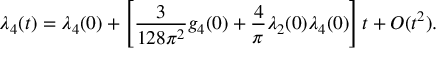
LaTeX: \lambda _ { 4 } ( t ) = \lambda _ { 4 } ( 0 ) + \left[ { \frac { 3 } { 1 2 8 \pi ^ { 2 } } } g _ { 4 } ( 0 ) + { \frac { 4 } { \pi } } \lambda _ { 2 } ( 0 ) \lambda _ { 4 } ( 0 ) \right] t + { \cal O } ( t ^ { 2 } ) .